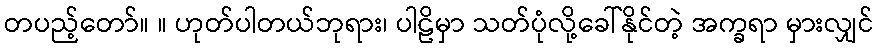
တပည့်တော်။ ။ ဟုတ်ပါတယ်ဘုရား၊ ပါဠိမှာ သတ်ပုံလို့ခေါ်နိုင်တဲ့ အက္ခရာ မှားလျှင်